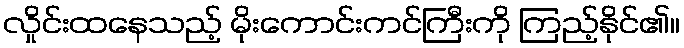
လှိုင်းထနေသည့် မိုးကောင်းကင်ကြီးကို ကြည့်နိုင်၏။